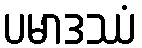
ပမာဒဿံ